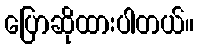
ပြောဆိုထားပါတယ်။